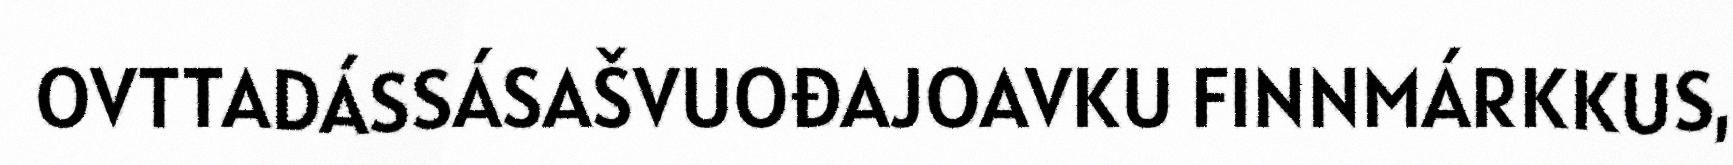
OVTTADÁSSÁSAŠVUOĐAJOAVKU FINNMÁRKKUS,